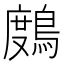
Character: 𪃒